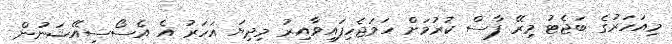
މިއަހަރުގެ ބަޖެޓު މިރޭ ފާސް ކުރުމަށް ހަމަޖެހިފައިވާއިރު މިދިޔަ އަހަރު އެ އެސޯސިއޭޝަނުން